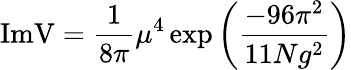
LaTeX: \mathrm{Im}\mathrm{V}=\frac{1}{8\pi}\mu^{4}\exp{\left(\frac{-96\pi^{2}}{11Ng^{2}}\right)}